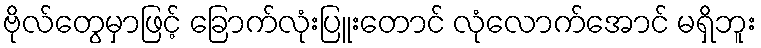
ဗိုလ်တွေမှာဖြင့် ခြောက်လုံးပြူးတောင် လုံလောက်အောင် မရှိဘူး